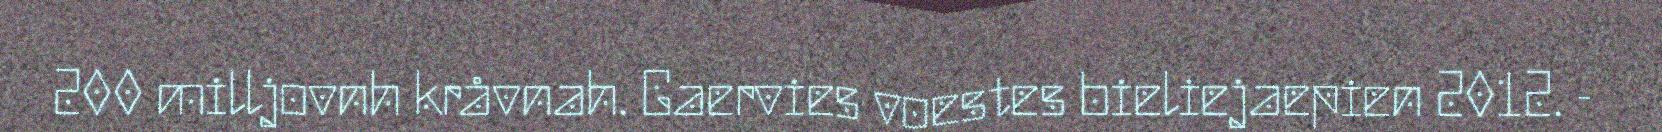
200 milljovnh kråvnah. Gaervies voestes bieliejaepien 2012. -